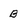
Character: B